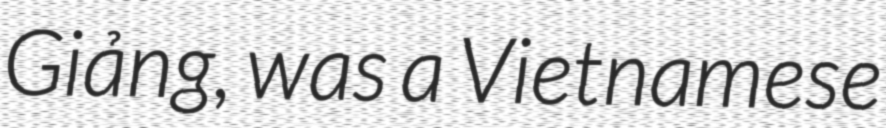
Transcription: Giảng, was a Vietnamese